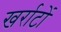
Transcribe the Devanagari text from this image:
खर्राटों